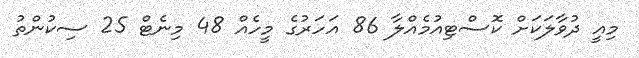
މިއީ ދުވާލަކަށް ކޮސްޓިއުމެއްލާ 86 އަހަރުގެ މީހެއް 48 މިނެޓް 25 ސިކުންތު